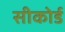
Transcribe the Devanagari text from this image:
सीकोर्ड